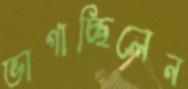
ভাগাচ্ছিলেন